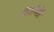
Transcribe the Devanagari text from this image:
बिर्याणीचे